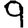
Digit: 9